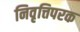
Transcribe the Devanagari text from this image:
निवृत्तिपरक